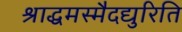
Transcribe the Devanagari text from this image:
श्राद्धमस्मैदद्युरिति